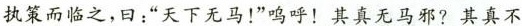
执策而临之，曰：“天下无马！”呼！\underline{其真无马邪?其真不}